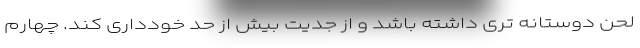
لحن دوستانه تری داشته باشد و از جدیت بیش از حد خودداری کند. چهارم